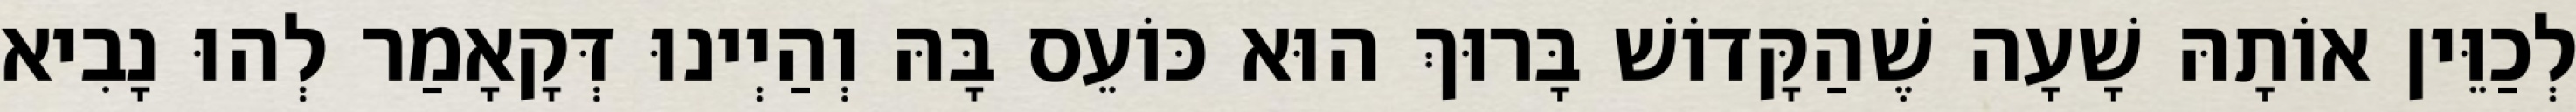
לְכַוֵּין אוֹתָהּ שָׁעָה שֶׁהַקָּדוֹשׁ בָּרוּךְ הוּא כּוֹעֵס בָּהּ וְהַיְינוּ דְּקָאָמַר לְהוּ נָבִיא